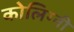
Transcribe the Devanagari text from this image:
कोलिग्नी